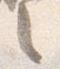
之